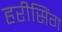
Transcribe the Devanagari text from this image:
हरीसिंग